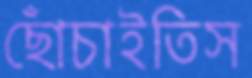
ছোঁচাইতিস